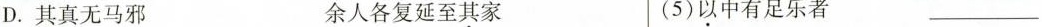
D.其真无马邪 余人各复延至其家 (5)以中有足乐者___